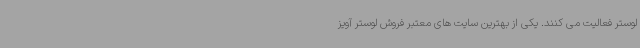
لوستر فعالیت می کنند. یکی از بهترین سایت های معتبر فروش لوستر آویز